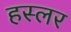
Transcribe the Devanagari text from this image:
हस्‍लर